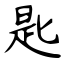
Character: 匙